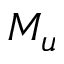
M _ { u }